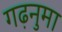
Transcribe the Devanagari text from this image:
गढ़नुमा